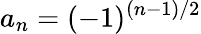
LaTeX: a_{n}=(-1)^{(n-1)/2}